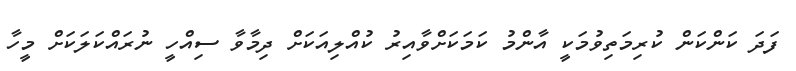
ފަދަ ކަންކަން ކުރިމަތިވުމަކީ އާންމު ކަަމަކަށްވާއިރު ކުއްލިއަކަށް ދިމާވާ ސިއްހީ ނުރައްކަލަކަށް މީހާ